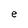
Character: e